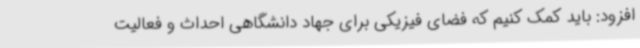
افزود: باید کمک کنیم که فضای فیزیکی برای جهاد دانشگاهی احداث و فعالیت